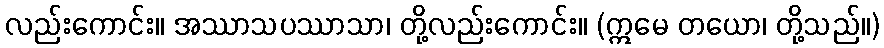
လည်းကောင်း။ အဿာသပဿာသာ၊ တို့လည်းကောင်း။ (ဣမေ တယော၊ တို့သည်။)